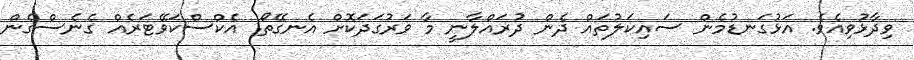
ވިދާޅުވިއެވެ. އަޅުގަނޑުމެން ސައިކަލުތައް ދެން ދުރައްލާނީ މާ ވަރުގަދަކޮށް އެނގޭތޯ. އެކްސްކަވޭޓަރެއް ގެނެސްގެން